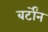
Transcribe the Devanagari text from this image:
बर्टोंन